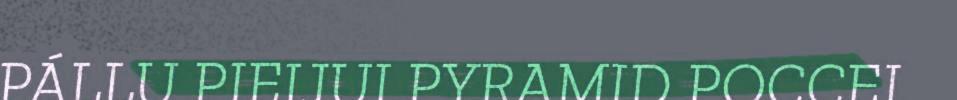
PÁLLU PIEIJUI PYRAMID POCCEI